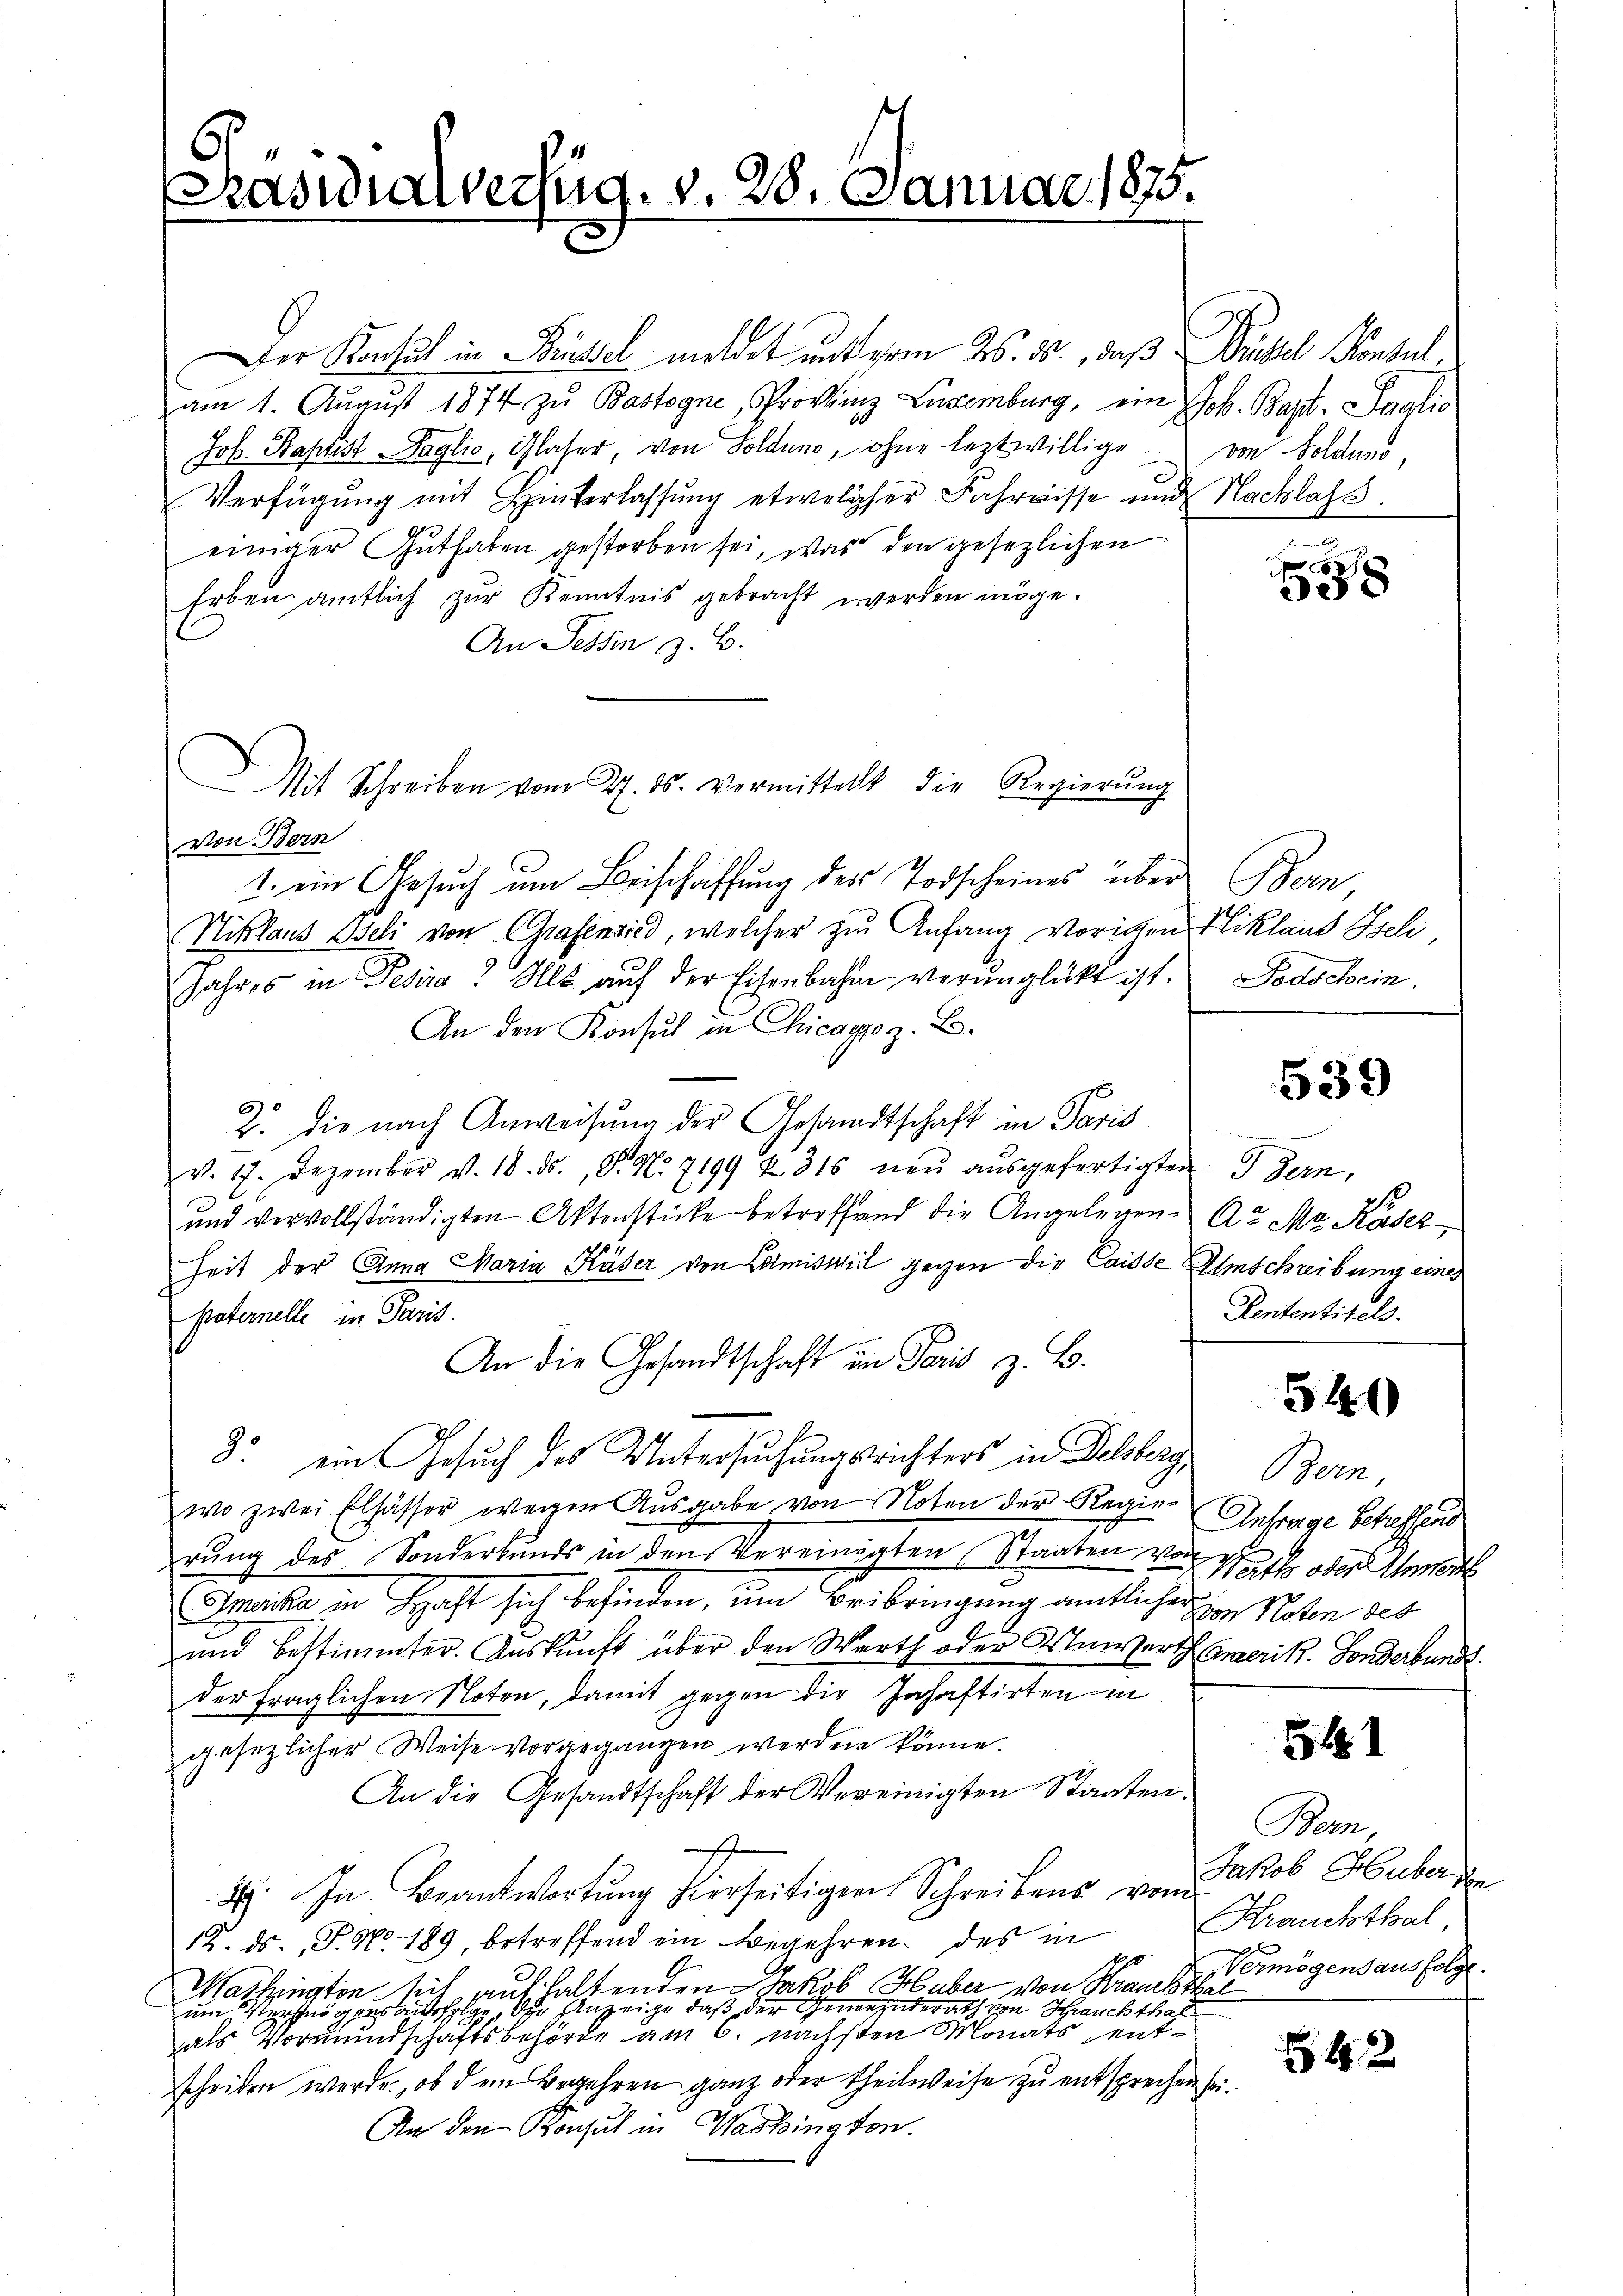
6
Rasidialverzug. v. 28. Januar 1875

Der Konsul in Brüssel meldet unterm 26. ds., daß Büchsel Konsul,
am 1. Aŭgŭst 1874 zu Bastagne, Provinz Lucemburg, ein Joh. Bapt. Taglio
Jos. Baptist Taglio, Glaser, von Soldung, ohne leztwillige von Solduno,
Verfügung mit Hinterlassung etwelcher Fahrwisse und Nachlass
einiger Guthaben gestorben sei, was den gesezlichen
Erben amtlich zur Kenntnis gebracht werden möge.
An Tessin z. B.
von Bern
1. ein Gesuch um Beischaffung des Todscheines über Bern
Niklaus Iseli von Grafensied, welcher zur Anfang vorigen Niklaus Szeli,
Jahres in Pesira: Als aŭf der Eisenbahn verŭnglückt ist. Todschein.
An den Konsul in Chicago z. B.
Z. die nach Anweisung der Gesandtschaft in Paris
v. 17. Dezember v. 18. ds., N. N. 7199 & 316 neŭ aŭsgefertigten I dern,
und vervollständigten Aktenstücke betreffend die Angelegen- A Ma Käser
Zeit der Anna Maria Käser von Crimisweil gegen die Casse Anschreibung eines
paternelle in Paris.
An die Gesandtschaft in Paris z. B.
3. ein Gesuch des Untersuchungsrichters in Delsberg,
wo zwei Elsässer wegen Ausgabe von Noten der Regie- Anfrage betreffend
m
rŭng des Sonderbunds in den Vereinigten (Staaten von Saft oder weit
Imvika in Haft sich befinden, um Beibringung amtlicher von Noten des
und bestimmter. Auskunft über den Werth oder Unwerth Amerik. Sonderbunds
der fraglichen Noten, damit gegen die Inhaftirten in
gesezlicher Weise vorgegangen werden könne.
An die Gesandtschaft der Vereinigten Staaten.
H. In Beantwortung hierseitigen Schreibens von Jakob Huber den
12. ds. P. Nro 189, betreffend ein Begehren des in
Mathington sich aufhaltenden Jakob Huber von Kranckthal
Anzeige, daß der Gemeinderath von Schrauchthal
um Mennögens bittelg
als Vormundschaftsbehörde am 6. nächsten Monats entscheiden werde, ob dem Begehren ganz oder theilweise zu entsprechen sei.
An den Konsul in Washington.

Mit Schreiben vom 27. 15. vermittelt die Regierung

8

539

Rententitels.

54

Bern,

511

Bern,
Krauchthal
Vermögensausfolge.

42